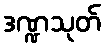
ဒဏ္ဍသုတ်